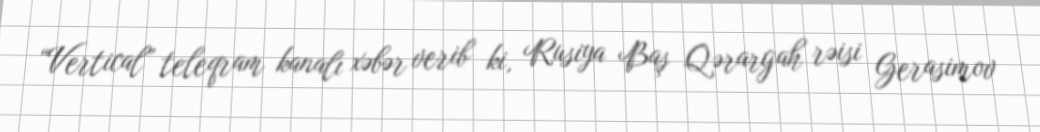
“Vertical” teleqram kanalı xəbər verib ki, Rusiya Baş Qərargah rəisi Gerasimov